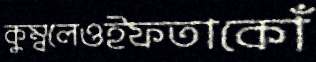
কুম্বলেওইফতাকোঁ